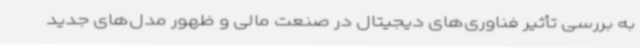
به بررسی تأثیر فناوری‌های دیجیتال در صنعت مالی و ظهور مدل‌های جدید